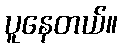
ပူနေတယ်။